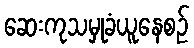
ဆေးကုသမှုခံယူနေစဉ်